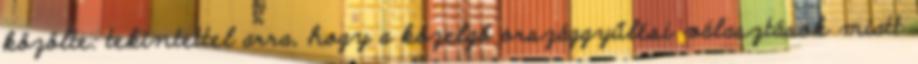
közölte: tekintettel arra, hogy a közelgő országgyűlési választások miatt